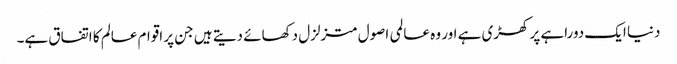
دنیا ایک دوراہے پر کھڑی ہے اور وہ عالمی اصول متزلزل دکھائے دیتے ہیں جن پر اقوام عالم کا اتفاق ہے۔